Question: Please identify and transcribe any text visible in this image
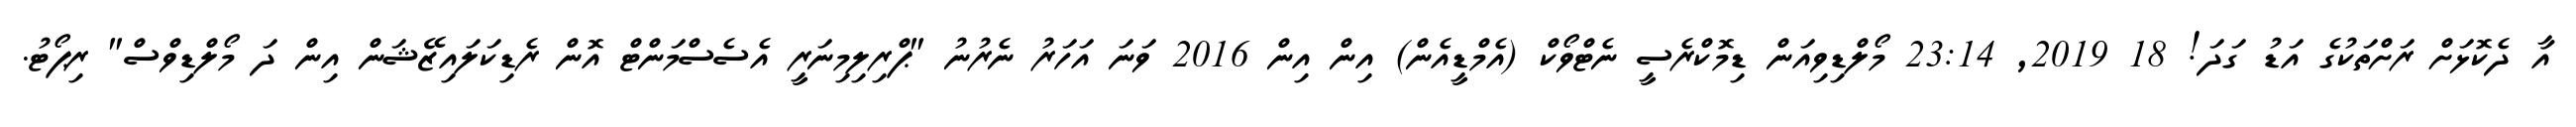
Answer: އާ ދެކޮޅަށް ރަށްތަކުގެ އަޑު ގަދަ! 18 2019, 23:14 މޯލްޑިވިއަން ޑިމޮކްރެސީ ނެޓްވޯކް (އެމްޑީއެން) އިން އިން 2016 ވަނަ އަހަރު ނެރުނު "ޕްރިލިމިނަރީ އެސެސްމަންޓް އޮން ރެޑިކަލައިޒޭޝަން އިން ދަ މޯލްޑިވްސް" ރިޕޯޓު.